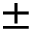
\pm